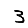
Digit: 3